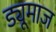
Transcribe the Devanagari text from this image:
ड्यूमाज